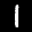
Label: 1